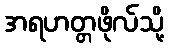
အရဟတ္တဖိုလ်သို့